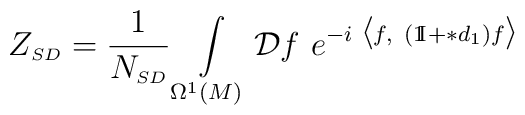
Z_{\scriptscriptstyle SD} = \frac{1}{N_{\scriptscriptstyle SD}}\int\limits_{\Omega^{\scriptscriptstyle 1}(M)} \mathcal {D}f \hskip 4pt e^{-i \hskip3pt \bigl\langle f, \hskip4pt (\mathrm{1\mkern-5muI\!}\hskip2pt + \ast d_{\scriptscriptstyle 1})f \bigr\rangle}